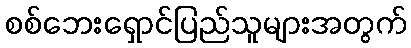
စစ်ဘေးရှောင်ပြည်သူများအတွက်